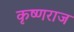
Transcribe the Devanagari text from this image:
कृष्‍णराज